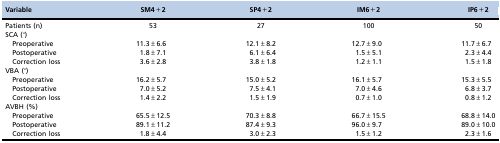
<table><thead><tr><td><b>Variable</b></td><td><b>SM4+2</b></td><td><b>SP4+2</b></td><td><b>IM6+2</b></td><td><b>IP6+2</b></td></tr></thead><tbody><tr><td>Patients (n)</td><td>53</td><td>27</td><td>100</td><td>50</td></tr><tr><td>SCA (°)</td><td></td><td></td><td></td><td></td></tr><tr><td>Preoperative</td><td>11.3±6.6</td><td>12.1±8.2</td><td>12.7±9.0</td><td>11.7±6.7</td></tr><tr><td>Postoperative</td><td>1.8±7.1</td><td>6.1±6.4</td><td>1.5±5.1</td><td>2.3±4.4</td></tr><tr><td>Correction loss</td><td>3.6±2.8</td><td>3.8±1.8</td><td>1.2±1.1</td><td>1.5±1.8</td></tr><tr><td>VBA (°)</td><td></td><td></td><td></td><td></td></tr><tr><td>Preoperative</td><td>16.2±5.7</td><td>15.0±5.2</td><td>16.1±5.7</td><td>15.3±5.5</td></tr><tr><td>Postoperative</td><td>7.0±5.2</td><td>7.5±4.1</td><td>7.0±4.6</td><td>6.8±3.7</td></tr><tr><td>Correction loss</td><td>1.4±2.2</td><td>1.5±1.9</td><td>0.7±1.0</td><td>0.8±1.2</td></tr><tr><td>AVBH (%)</td><td></td><td></td><td></td><td></td></tr><tr><td>Preoperative</td><td>65.5±12.5</td><td>70.3±8.8</td><td>66.7±15.5</td><td>68.8±14.0</td></tr><tr><td>Postoperative</td><td>89.1±11.2</td><td>87.4±9.3</td><td>96.0±9.7</td><td>89.0±10.0</td></tr><tr><td>Correction loss</td><td>1.8±4.4</td><td>3.0±2.3</td><td>1.5±1.2</td><td>2.3±1.6</td></tr></tbody></table>